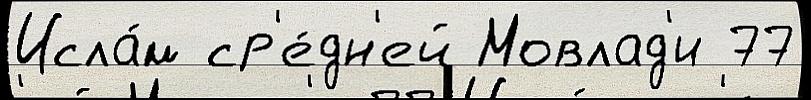
Исла́м ср'е́дн'ей Мовлад'и 77